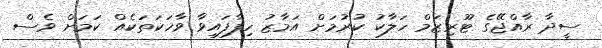
ސީދާ ރާއްޖޭގެ ޓޫރިޒަމް ހަލާކު ކުރުމަށް އަމާޒު ހިފާފައިވާ ވާހަކަތަކެއް ކަމަށް ވެސް